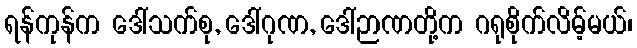
ရန်ကုန်က ဒေါ်သက်စု, ဒေါ်ဂုဏ, ဒေါ်ဉာဏတို့က ဂရုစိုက်လိမ့်မယ်၊